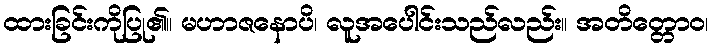
ထားခြင်းကိုပြု၏။ မဟာဇနောပိ၊ လူအပေါင်းသည်လည်း။ အတိတ္တောဝ၊